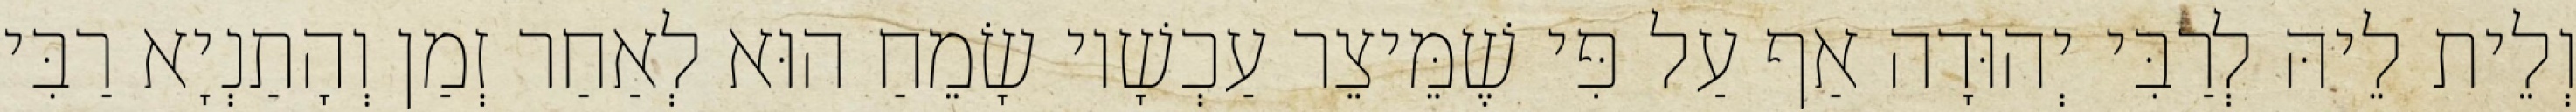
וְלֵית לֵיהּ לְרַבִּי יְהוּדָה אַף עַל פִּי שֶׁמֵּיצֵר עַכְשָׁיו שָׂמֵחַ הוּא לְאַחַר זְמַן וְהָתַנְיָא רַבִּי